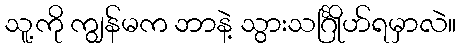
သူ့ကို ကျွန်မက ဘာနဲ့ သွားသင်္ဂြိုဟ်ရမှာလဲ။